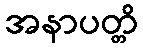
အနာပတ္တိ